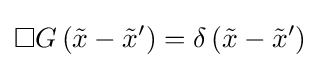
\Box G\left({\tilde {x}}-{\tilde {x}}'\right)=\delta \left({\tilde {x}}-{\tilde {x}}'\right)